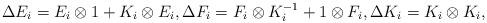
LaTeX: \begin{align*}\Delta E_{i}=E_{i}\otimes 1+K_{i}\otimes E_{i},\Delta F_{i}=F_{i}\otimes K_{i}^{-1}+1\otimes F_{i},\Delta K_{i}=K_{i}\otimes K_{i},\end{align*}